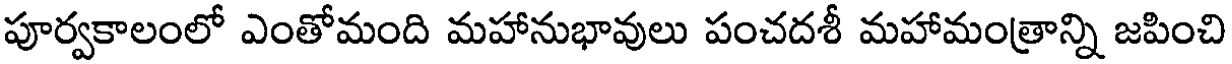
పూర్వకాలంలో ఎంతోమంది మహానుభావులు పంచదశీ మహామంత్రాన్ని జపించి